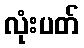
လုံးပတ်